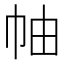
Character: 𢂎